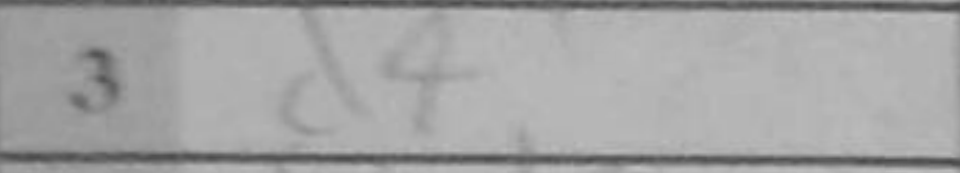
Transcription: d4